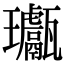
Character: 𤫣